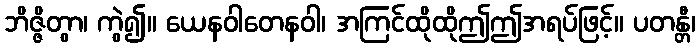
ဘိဇ္ဇိတွာ၊ ကွဲ၍။ ယေနဝါတေနဝါ၊ အကြင်ထိုထိုဤဤအရပ်ဖြင့်။ ပတန္တီ၊